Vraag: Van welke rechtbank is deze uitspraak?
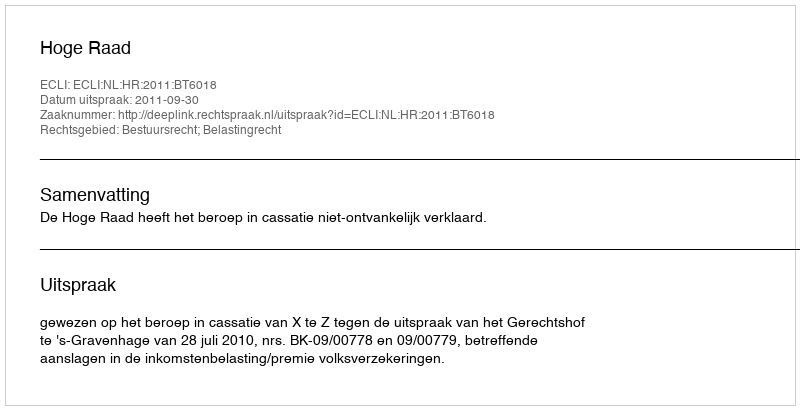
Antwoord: Hoge Raad